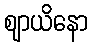
ဈာယိနော